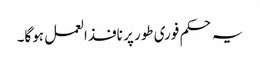
یہ حکم فوری طور پر نافذالعمل ہوگا۔